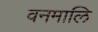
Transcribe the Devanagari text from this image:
वनमालि